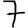
Digit: 7